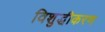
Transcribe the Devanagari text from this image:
विशुद्धीकरण